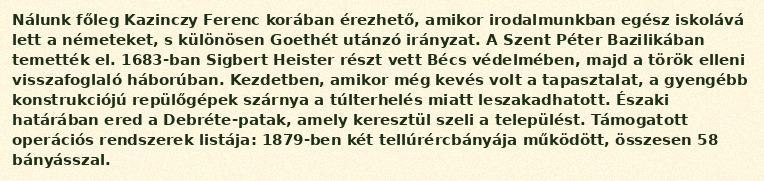
Nálunk főleg Kazinczy Ferenc korában érezhető, amikor irodalmunkban egész iskolává lett a németeket, s különösen Goethét utánzó irányzat. A Szent Péter Bazilikában temették el. 1683-ban Sigbert Heister részt vett Bécs védelmében, majd a török elleni visszafoglaló háborúban. Kezdetben, amikor még kevés volt a tapasztalat, a gyengébb konstrukciójú repülőgépek szárnya a túlterhelés miatt leszakadhatott. Északi határában ered a Debréte-patak, amely keresztül szeli a települést. Támogatott operációs rendszerek listája: 1879-ben két tellúrércbányája működött, összesen 58 bányásszal.